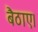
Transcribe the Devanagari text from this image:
बैठाए।